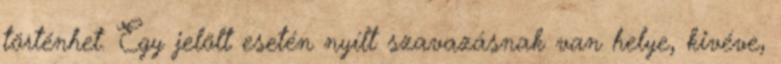
történhet. Egy jelölt esetén nyílt szavazásnak van helye, kivéve,